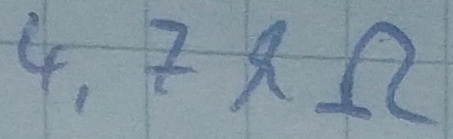
Text: 4,7kΩ